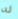
له